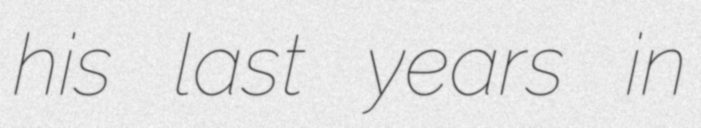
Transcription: his last years in